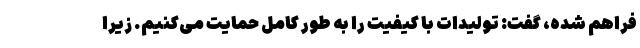
فراهم شده، گفت: تولیدات با کیفیت را به طور کامل حمایت می‌کنیم. زیرا